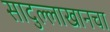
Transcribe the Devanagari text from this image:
सादुल्लाखानचा